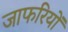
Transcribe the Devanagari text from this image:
जाफरियों